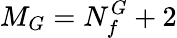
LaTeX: M_{G}=N_{f}^{G}+2